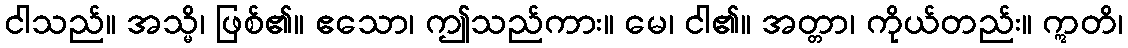
ငါသည်။ အသ္မိ၊ ဖြစ်၏။ ဧသော၊ ဤသည်ကား။ မေ၊ ငါ၏။ အတ္တာ၊ ကိုယ်တည်း။ ဣတိ၊